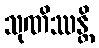
သုဏိဿန္တိ